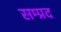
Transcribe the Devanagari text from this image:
सम्प्रद